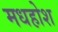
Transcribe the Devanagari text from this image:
मधहोश